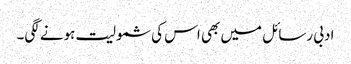
ادبی رسائل میں بھی اس کی شمولیت ہونے لگی۔